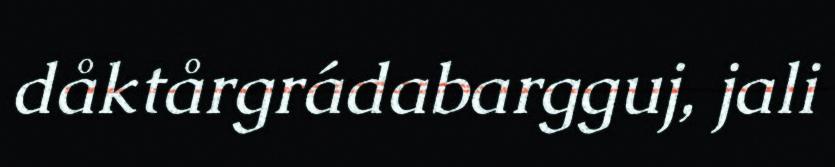
dåktårgrádabargguj, jali